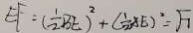
E F = ( \frac { 1 } { 2 } B E ) ^ { 2 } + ( \frac { 1 } { 2 } A E ) ^ { 2 } = \sqrt { 7 }